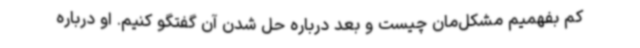
کم بفهمیم مشکل‌مان چیست و بعد درباره حل شدن آن گفتگو کنیم. او درباره